Sketch of the medical history of the native army of Bombay, for the year
Year: 1870
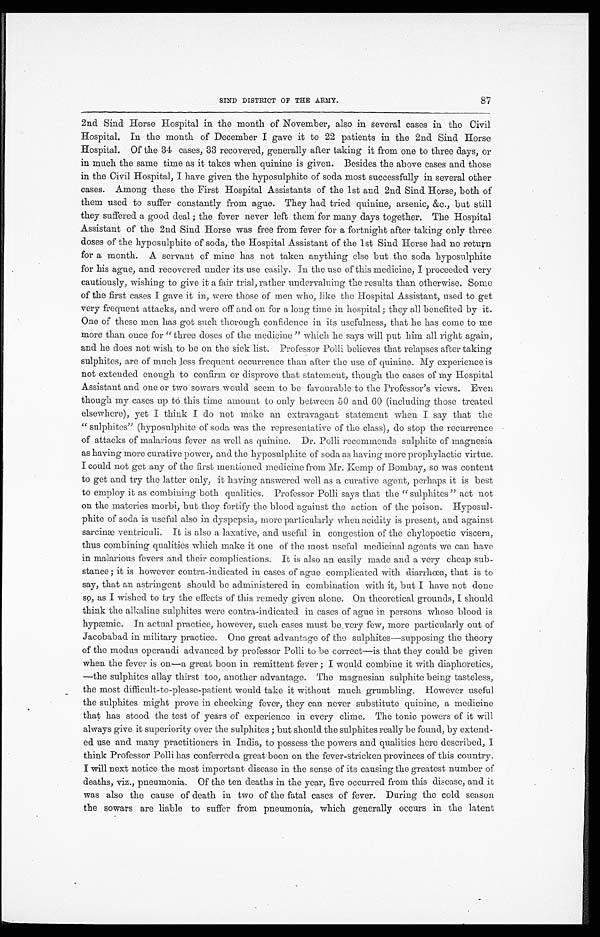
87
SIND DISTRICT OF THE ARMY.
2nd Sind Horse Hospital in the month of November, also in several cases in the Civil
Hospital. In the month of December I gave it to 22 patients in the 2nd Sind Horse
Hospital. Of the 34 cases, 33 recovered, generally after taking it from one to three days, or
in much the same time as it takes when quinine is given. Besides the above cases and those
in the Civil Hospital, I have given the hyposulphite of soda most successfully in several other
cases. Among these the First Hospital Assistants of the 1st and 2nd Sind Horse, both of
them used to suffer constantly from ague. They had tried quinine, arsenic, &c., but still
they suffered a good deal; the fever never left them for many days together. The Hospital
Assistant of the 2nd Sind Horse was free from fever for a fortnight after taking only three
doses of the hyposulphite of soda, the Hospital Assistant of the 1st Sind Horse had no return
for a month. A servant of mine has not taken anything else but the soda hyposulphite
for his ague, and recovered under its use easily. In the use of this medicine, I proceeded very
cautiously, wishing to give it a fair trial, rather undervaluing the results than otherwise. Some
of the first cases I gave it in, were those of men who, like the Hospital Assistant, used to get
very frequent attacks, and were off and on for a long time in hospital; they all benefited by it.
One of these men has got such thorough confidence in its usefulness, that he has come to me
more than once for "three doses of the medicine" which he says will put him all right again,
and he does not wish to be on the sick list. Professor Polli believes that relapses after taking
sulphites, are of much less frequent occurrence than after the use of quinine. My experience is
not extended enough to confirm or disprove that statement, though the cases of my Hospital
Assistant and one or two sowars would seem to be favourable to the Professor's views. Even
though my cases up to this time amount to only between 50 and 60 (including those treated
elsewhere), yet I think I do not make an extravagant statement when I say that the
"sulphites" (hyposulphite of soda was the representative of the class), do stop the recurrence
of attacks of malarious fever as well as quinine. Dr. Polli recommends sulphite of magnesia
as having more curative power, and the hyposulphite of soda as having more prophylactic virtue.
I could not get any of the first mentioned medicine from Mr.Kemp of Bombay, so was content
to get and try the latter only, it having answered well as a curative agent, perhaps it is best
to employ it as combining both qualities. Professor Polli says that the "sulphites" act not
on the materies morbi, but they fortify the blood against the action of the poison. Hyposul
-phite of soda is useful also in dyspepsia, more particularly when acidity is present, and against
sarcinæ ventriculi. It is also a laxative, and useful in congestion of the chylopoetic viscera,
thus combining qualities which make it one of the most useful medicinal agents we can have
in malarious fevers and their complications. It is also an easily made and a very cheap sub
-stance; it is however contra-indicated in cases of ague complicated with diarrhœa, that is to
say, that an astringent should be administered in combination with it, but I have not done
so, as I wished to try the effects of this remedy given alone. On theoretical grounds, I should
think the alkaline sulphites were contra-indicated in cases of ague in persons whose blood is
hypæmic. In actual practice, however, such cases must be very few, more particularly out of
Jacobabad in military practice. One great advantage of the sulphites—supposing the theory
of the modus operandi advanced by professor Polli to be correct—is that they could be given
when the fever is on—a great boon in remittent fever; I would combine it with diaphoretics,
—the sulphites allay thirst too, another advantage. The magnesian sulphite being tasteless,
the most difficult-to-please-patient would take it without much grumbling. However useful
the sulphites might prove in checking fever, they can never substitute quinine, a medicine
that has stood the test of years of experience in every clime. The tonic powers of it will
always give it superiority over the sulphites; but should the sulphites really be found, by extend
-ed use and many practitioners in India, to possess the powers and qualities here described, I
think Professor Polli has conferred a great boon on the fever-stricken provinces of this country.
I will next notice the most important disease in the sense of its causing the greatest number of
deaths, viz., pneumonia. Of the ten deaths in the year, five occurred from this disease, and it
was also the cause of death in two of the fatal cases of fever. During the cold season
the sowars are liable to suffer from pneumonia, which generally occurs in the latent